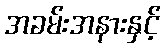
အခမ်းအနားနှင့်